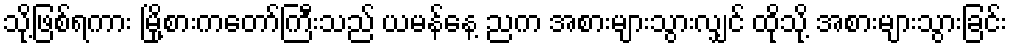
သို့ဖြစ်ရကား မြို့စားကတော်ကြီးသည် ယမန်နေ့ ညက အစားများသွားလျှင် ထိုသို့ အစားများသွားခြင်း